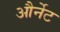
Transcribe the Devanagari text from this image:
और्नेट